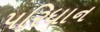
પરિધાન